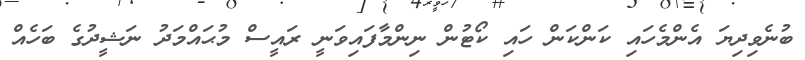
ބުނެވިދިޔަ އެންމެހައި ކަންކަން ހައި ކޯޓުން ނިންމާފައިވަނީ ރައީސް މުޙައްމަދު ނަޝީދުގެ ބަހެއް